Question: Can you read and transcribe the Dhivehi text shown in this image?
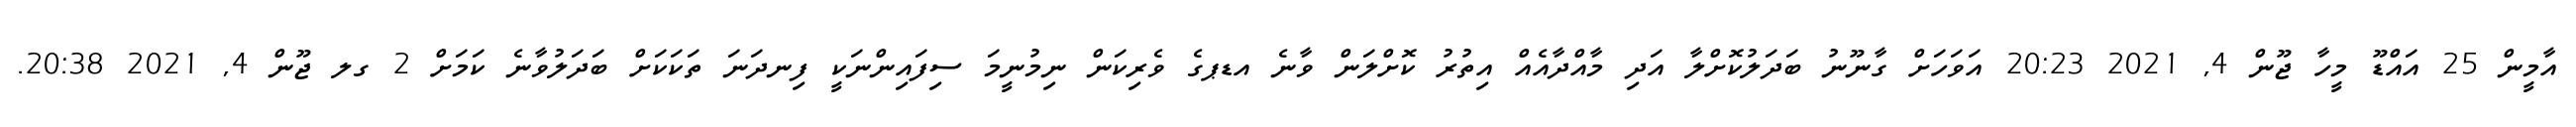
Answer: އާމީން 25 އައްޑޫ މީހާ ޖޫން 4, 2021 20:23 އަވަހަށް ގާނޫނު ބަދަލުކޮށްލާ އަދި މާއްދާއެއް އިތުރު ކޮށްލަން ވާނެ އޑޕގެ ވެރިކަން ނިމުނީމަ ސިފައިންނަކީ ފިނދަނަ ތަކަކަށް ބަދަލުވާނެ ކަމަށް 2 ގލ ޖޫން 4, 2021 20:38.